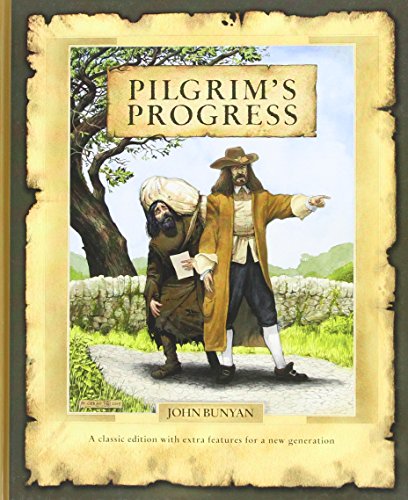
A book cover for Pilgrim's Progress; John Bunyan; Christian Books & Bibles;